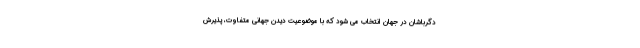
دگرباشان در جهان انتخاب می شود که با موضوعیت دیدن جهانی متفاوت، پذیرش